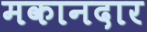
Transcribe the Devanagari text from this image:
मकानदार